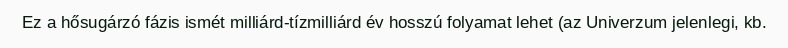
Ez a hősugárzó fázis ismét milliárd-tízmilliárd év hosszú folyamat lehet (az Univerzum jelenlegi, kb.